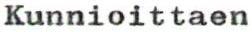
Kunnioittaen